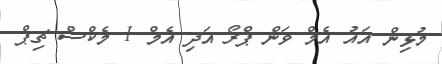
މުޅިން އައު އެމް ވަން ޕްރޯ އަދި އެމް 1 މެކްސް ޗިޕް